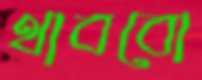
থাববো